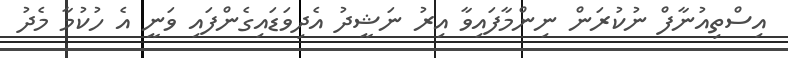
އިސްތިއުނާފް ނުކުރަން ނިންމާފައިވާ އިރު ނަޝީދު އެދިވަޑައިގެންފައި ވަނީ އެ ހުކުމާ މެދު